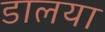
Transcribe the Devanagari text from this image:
डालया